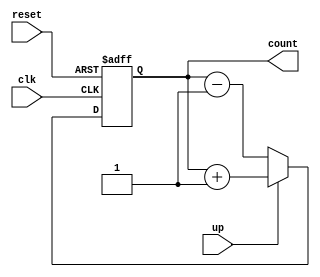
`timescale 1ns / 1ps
////////////////////////////////////////
// Name : Abdul Basit and Asad Majeed
// CMS: 041-18-0014 | 041-18-0037
// Subjet : DSD Lab project
// Title: Universal counter code
////////////////////////////////////////

module universal_counter(
    input clk,reset,
    input up,
    output [3:0] count
    );
    
    reg [3:0] counter;
    
    always @(posedge clk or posedge reset)
    begin
    if(reset)
     counter <= 4'd0;
    else if(up)
     counter <= counter + 4'd1;
    else if(~up)
        counter <= counter - 4'd1;
    end

    assign count = counter;
    
endmodule